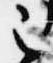
之